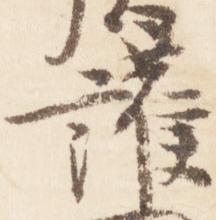
護